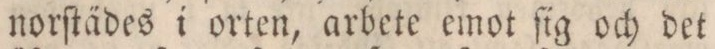
norſtädes i orten, arbete emot ſig och det